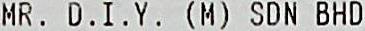
MR. D.I.Y. (M) SDN BHD